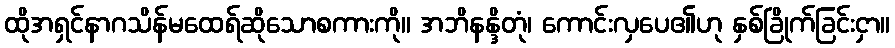
ထိုအရှင်နာဂသိန်မထေရ်ဆိုသောစကားကို။ အဘိနန္ဒိတုံ၊ ကောင်းလှပေ၏ဟု နှစ်ခြိုက်ခြင်းငှာ။